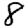
Digit: 8